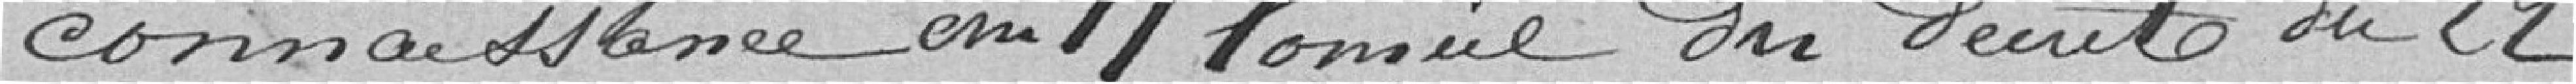
connaissance au Conseil du décret du 22